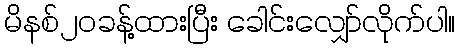
မိနစ်၂၀ခန့်ထားပြီး ခေါင်းလျှော်လိုက်ပါ။